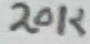
Text: 20K